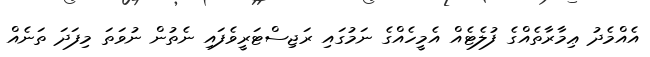
އެއްމެދު ޢިމާރާތެއްގެ ފުލެޓެއް އެމީހެއްގެ ނަމުގައި ރަޖިސްޓަރީވެފައި ނެތުން ނުވަތަ މިފަދަ ތަނެއް